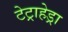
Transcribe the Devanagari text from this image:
टेट्राहेड्रा